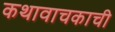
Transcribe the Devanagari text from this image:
कथावाचकाची